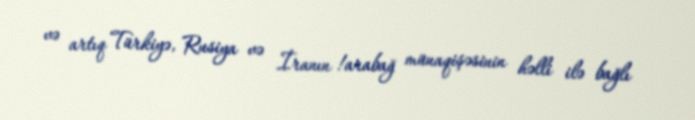
və artıq Türkiyə, Rusiya və İranın !arabağ münaqişəsinin həlli ilə bağlı